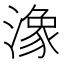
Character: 潒